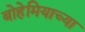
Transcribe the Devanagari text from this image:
बोहेमियाच्या